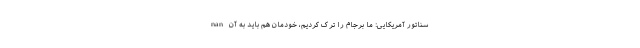
nan سناتور آمریکایی: ما برجام را ترک کردیم، خودمان هم باید به آن